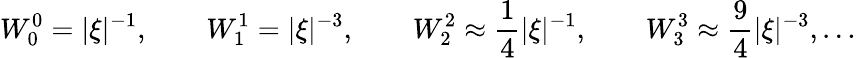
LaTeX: W_{0}^{0}=|\xi|^{-1},\qquad W_{1}^{1}=|\xi|^{-3},\qquad W_{2}^{2}\approx\frac 14|\xi|^{-1},\qquad W_{3}^{3}\approx\frac 94|\xi|^{-3},\ldots